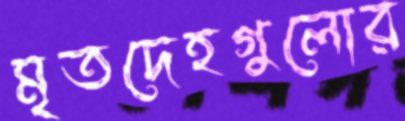
মৃতদেহগুলোর